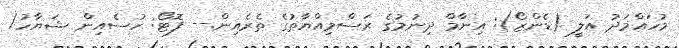
މުހައްމަދު އަލީ (ޑެންޒޯ): އިނާމް ދިނުމުގެ ރަސްމިއްޔާތުގެ ތެރެއިން.-- ފޮޓޯ: ހުސެއިން ޝަޔާހު/